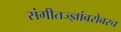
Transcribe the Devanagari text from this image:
संगीतज्ज्ञांबरोबरच